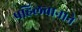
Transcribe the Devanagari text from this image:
पहिलवानाने